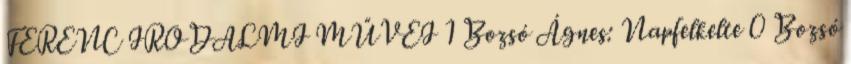
FERENC IRODALMI MŰVEI 1 Bozsó Ágnes: Napfelkelte 0 Bozsó